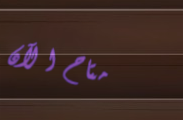
متاح الآن